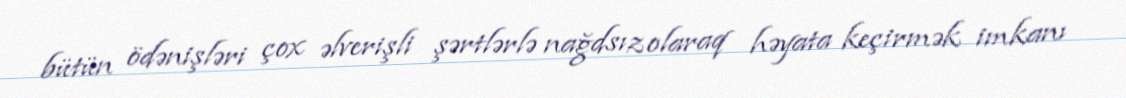
bütün ödənişləri çox əlverişli şərtlərlə nağdsız olaraq həyata keçirmək imkanı